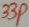
Text: 33P